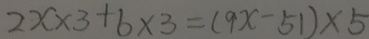
2 x \times 3 + b \times 3 = ( 9 x - 5 1 ) \times 5